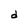
Character: d